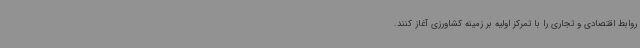
روابط اقتصادی و تجاری را با تمرکز اولیه بر زمینه کشاورزی آغاز کنند.